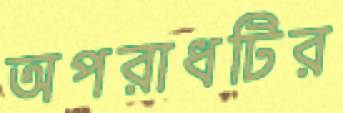
অপরাধটির